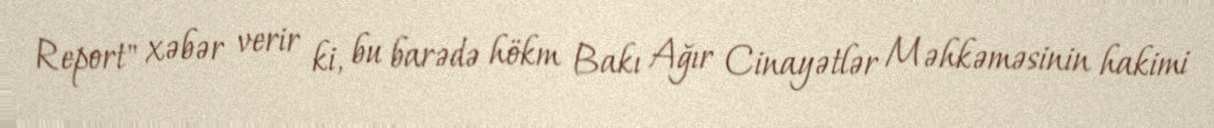
Report" xəbər verir ki, bu barədə hökm Bakı Ağır Cinayətlər Məhkəməsinin hakimi